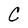
Character: C